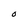
Character: O